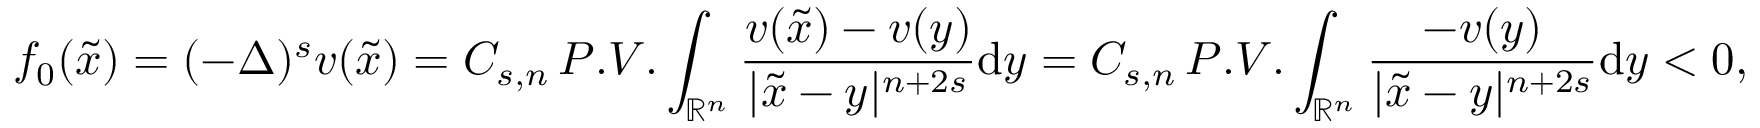
f _ { 0 } ( \tilde { x } ) = ( - \Delta ) ^ { s } v ( \tilde { x } ) = C _ { s , n } \, P . V . \int _ { \mathbb { R } ^ { n } } \frac { v ( \tilde { x } ) - v ( y ) } { | \tilde { x } - y | ^ { n + 2 s } } \mathrm { d } y = C _ { s , n } \, P . V . \int _ { \mathbb { R } ^ { n } } \frac { - v ( y ) } { | \tilde { x } - y | ^ { n + 2 s } } \mathrm { d } y < 0 ,